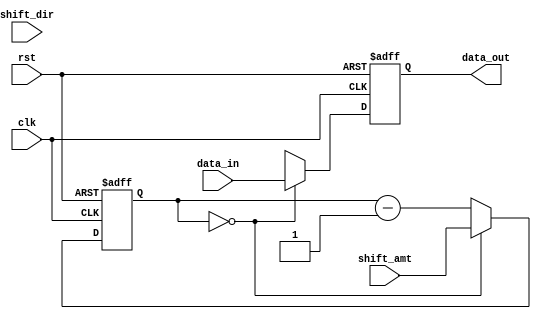
module universal_shift_register (
    input wire clk,             // Clock signal
    input wire rst,             // Reset signal
    input wire shift_dir,       // Shift direction (0=left, 1=right)
    input wire [3:0] shift_amt, // Shift amount (number of positions to shift)
    input wire data_in,         // Input data to be shifted
    output reg data_out         // Output shifted data
);

reg [3:0] shift_count;         // Counter for tracking shift amount
reg [1:0] shift_dir_reg;       // Register for storing shift direction

always @(posedge clk or posedge rst) begin
    if (rst) begin
        shift_count <= 0;     // Reset shift count
        shift_dir_reg <= 0;   // Reset shift direction
        data_out <= 0;        // Reset output data
    end else begin
        if (shift_count == 0) begin
            shift_dir_reg <= shift_dir; // Update shift direction
            shift_count <= shift_amt;   // Load shift amount
            data_out <= data_in;        // Load input data
        end else begin
            if (shift_dir_reg == 0) begin // Left shift
                data_out <= {data_out[2:0], data_out[3]}; // Shift left
            end else begin                  // Right shift
                data_out <= {data_out[0], data_out[3:1]}; // Shift right
            end
            shift_count <= shift_count - 1; // Decrement shift count
        end
    end
end

endmodule